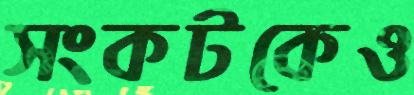
সংকটকেও